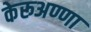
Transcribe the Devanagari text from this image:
केरूअण्णा